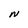
Character: N